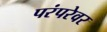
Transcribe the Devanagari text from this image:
परंपरेवर